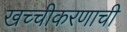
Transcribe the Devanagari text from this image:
खच्चीकरणाची